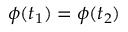
\phi ( t _ { 1 } ) = \phi ( t _ { 2 } )